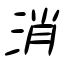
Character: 消